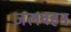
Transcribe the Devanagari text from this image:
जलवहन